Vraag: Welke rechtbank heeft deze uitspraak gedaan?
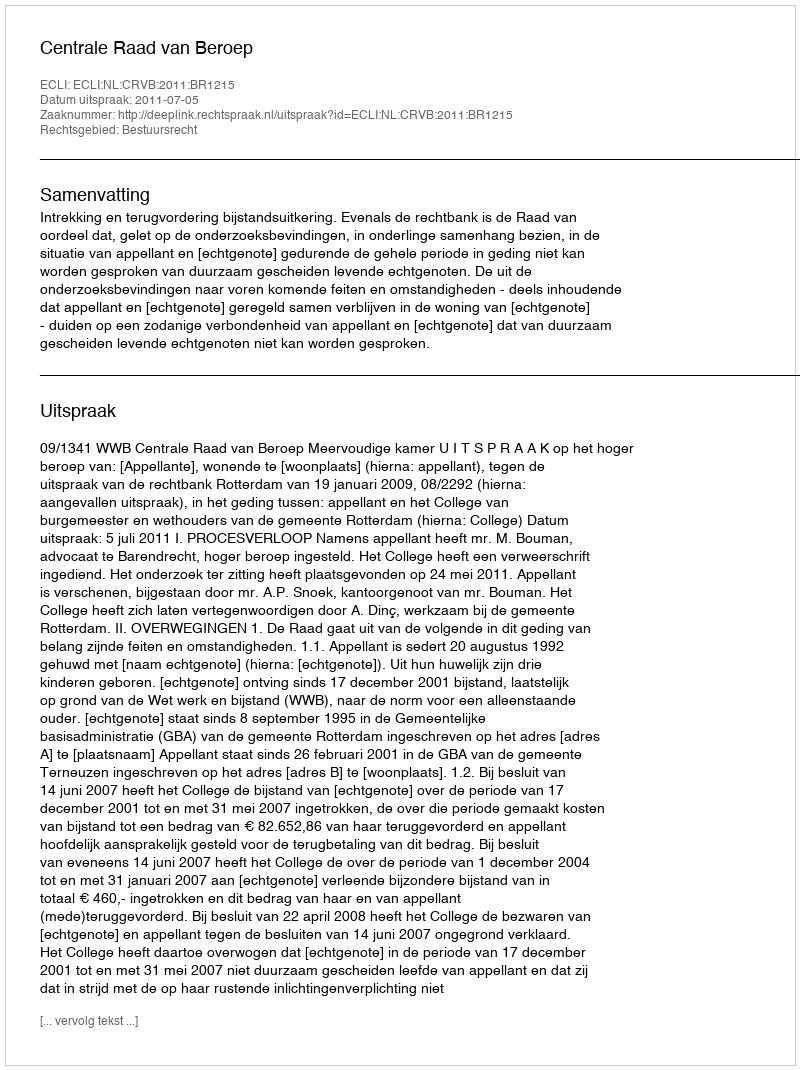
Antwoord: Centrale Raad van Beroep